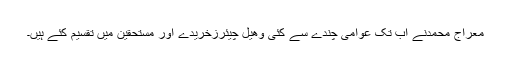
معراج محمدنے اب تک عوامی چندے سے کئی وھیل چیئرزخریدے اور مستحقین میں تقسیم کئے ہیں۔